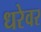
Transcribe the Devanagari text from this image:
धरेवर